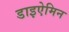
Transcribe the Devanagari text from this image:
डाइऐमिन